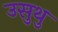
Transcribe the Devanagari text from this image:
उसुथु